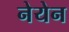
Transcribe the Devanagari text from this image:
नेयेन